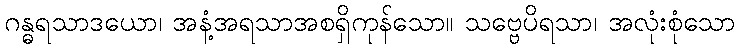
ဂန္ဓရသာဒယော၊ အနံ့အရသာအစရှိကုန်သော။ သဗ္ဗေပိရသာ၊ အလုံးစုံသော